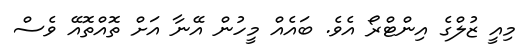
މިއީ ޒުލްގެ އިންޓްރޯ އެވެ. ބައެއް މީހުން އޭނާ އަށް ތޮއްތޮއޭ ވެސް